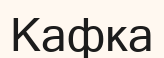
Кафка